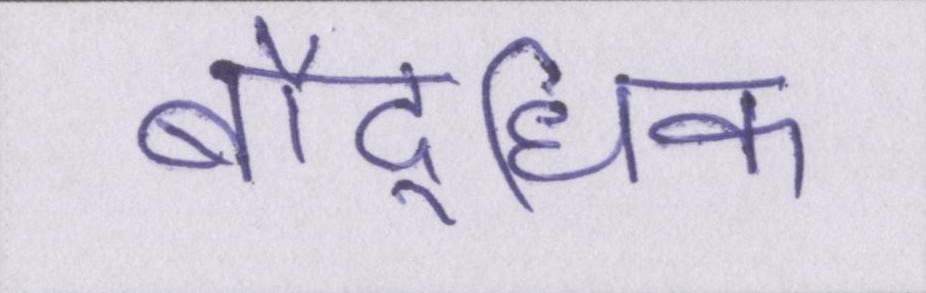
बौद्घिक